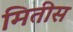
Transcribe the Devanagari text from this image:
मितीस